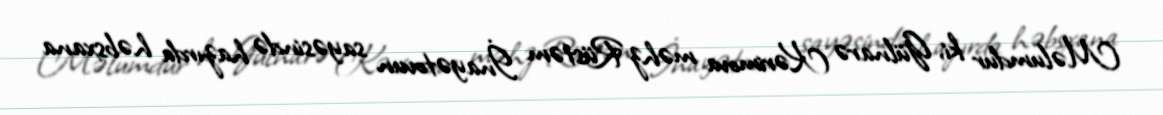
Məlumdur ki, Gülnarə Kərimova məhz Rüstəm İnayətovun sayəsində hazırda həbsxana